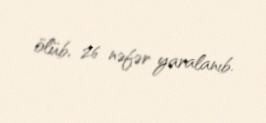
ölüb, 26 nəfər yaralanıb.